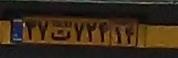
۳۷ت۷۲۴۱۴